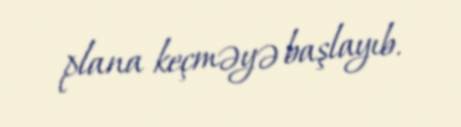
plana keçməyə başlayıb.